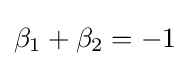
\beta _{1}+\beta _{2}=-1